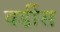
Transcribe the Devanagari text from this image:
वर्डीस